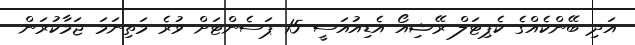
އަދި ބޭންކެއްގެ ކެޕިޓަލް ރޭޝިއޯ އެޑިއުއަސީ 15 ޕަސެންޓަށް ވުރެ މަތިނަމަ ޖަމާކުރަން